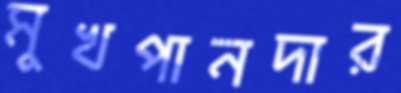
মুখপানদার